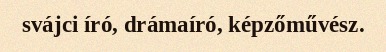
svájci író, drámaíró, képzőművész.